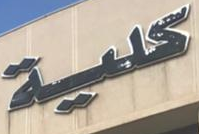
كلية